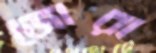
জোরা